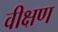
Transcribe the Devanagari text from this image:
वीक्षण